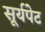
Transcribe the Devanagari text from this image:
सूर्यपेट